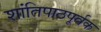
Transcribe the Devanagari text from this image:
शांतिपाठपूर्वक